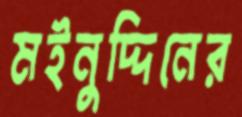
মইনুদ্দিনের